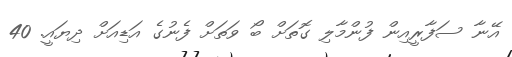
އޭނާ ސަފާރީއިން ފުންމާލި ގޮތަށް ބޯ ވަތަށް ފެނުގެ އަޑިއަށް ދިޔައީ. 40